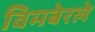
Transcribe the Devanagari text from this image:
विमबेरले